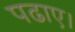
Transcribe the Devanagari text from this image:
पढाए।